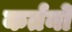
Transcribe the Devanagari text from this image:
कर्तनों